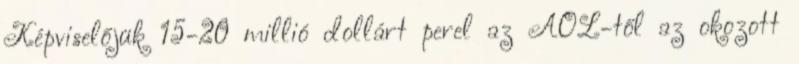
Képviselőjük 15-20 millió dollárt perel az AOL-től az okozott